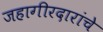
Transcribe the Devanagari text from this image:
जहागीरदारांचे